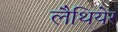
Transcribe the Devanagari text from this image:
लैथियेर